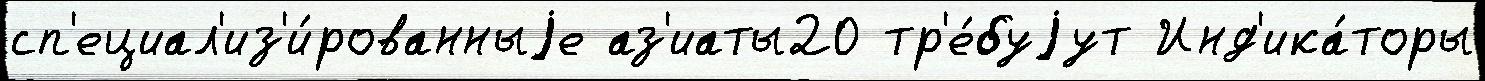
сп'ециал'из'и́рованныjе аз'иаты20 тр'е́буjут Инд'ика́торы